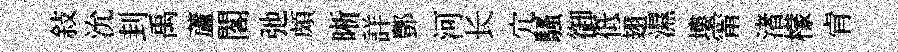
敍沇刲禹蘆閣弛頗晰詳酆河长宂騷御低翅濕塿甯渚檬肻